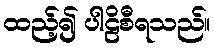
ထည့်၍ ပါဠိစီရသည်။